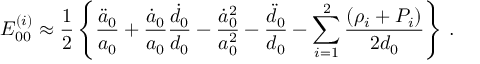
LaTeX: E _ { 0 0 } ^ { ( i ) } \approx \frac { 1 } { 2 } \left\{ \frac { \ddot { a } _ { 0 } } { a _ { 0 } } + \frac { \dot { a } _ { 0 } } { a _ { 0 } } \frac { \dot { d } _ { 0 } } { d _ { 0 } } - \frac { \dot { a } _ { 0 } ^ { 2 } } { a _ { 0 } ^ { 2 } } - \frac { \ddot { d } _ { 0 } } { d _ { 0 } } - \sum _ { i = 1 } ^ { 2 } \frac { ( \rho _ { i } + P _ { i } ) } { 2 d _ { 0 } } \right\} \, .